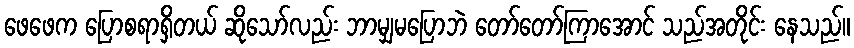
ဖေဖေက ပြောစရာရှိတယ် ဆိုသော်လည်း ဘာမျှမပြောဘဲ တော်တော်ကြာအောင် သည်အတိုင်း နေသည်။